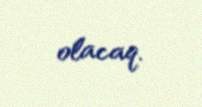
olacaq.